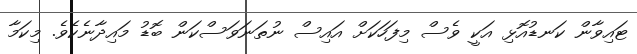
ޓައިވާން ކަނޑުއޮޅި އަކީ ވެސް މިފަހަކަށް އައިސް ނުތަނަވަސްކަން ބޮޑު މައިދާނެކެވެ. މިކަމާ